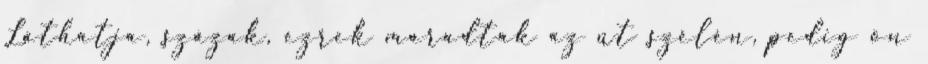
Láthatja, százak, ezrek maradtak az út szélén, pedig ön